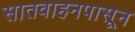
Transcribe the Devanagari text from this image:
सातवाहनपासून